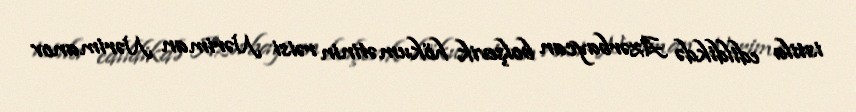
istila edildikdə Azərbaycan bolşevik hökumətinin rəisi Nəriman Nərimanov